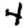
Digit: 4